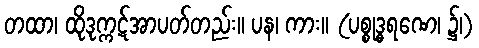
တထာ၊ ထိုဒုက္ကဋ်အာပတ်တည်း။ ပန၊ ကား။ (ပစ္စုဒ္ဓရဏေ၊ ၌၊)